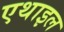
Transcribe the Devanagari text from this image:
एथाइल